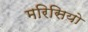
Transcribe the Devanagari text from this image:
मरिसियो